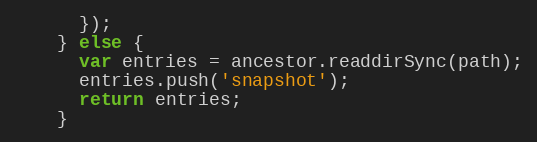
Language: JavaScript
      });
    } else {
      var entries = ancestor.readdirSync(path);
      entries.push('snapshot');
      return entries;
    }